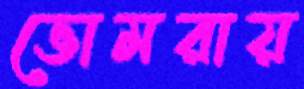
ভোমরায়